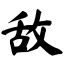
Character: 敌